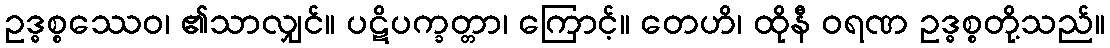
ဥဒ္ဓစ္စဿေဝ၊ ၏သာလျှင်။ ပဋိပက္ခတ္တာ၊ ကြောင့်။ တေဟိ၊ ထိုနီ ဝရဏ ဥဒ္ဓစ္စတို့သည်။